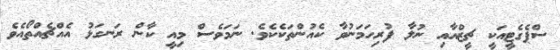
ސްޕެގެޓީއަކީ ޗީޒްއާއި ނުލާ ފުރިހަމަނުވާ ކެއުންތަކެކެވެ. ނަމަވެސް މިއީ ކާން ރަނގަޅު އެއްޗެއްތޯއެވެ